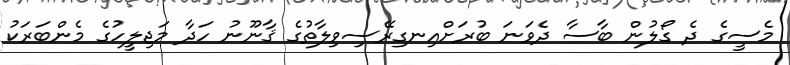
މެސީގެ ދެ ގޯލުން ބާސާ ދެވަނަ ބުރަށްއިނގިރޭސިވިލާތުގެ ޤާނޫނު ހަދާ މަޖިލީހުގެ މެންބަރަކު